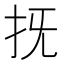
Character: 𢪑